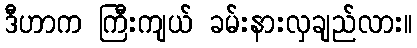
ဒီဟာက ကြီးကျယ် ခမ်းနားလှချည်လား။